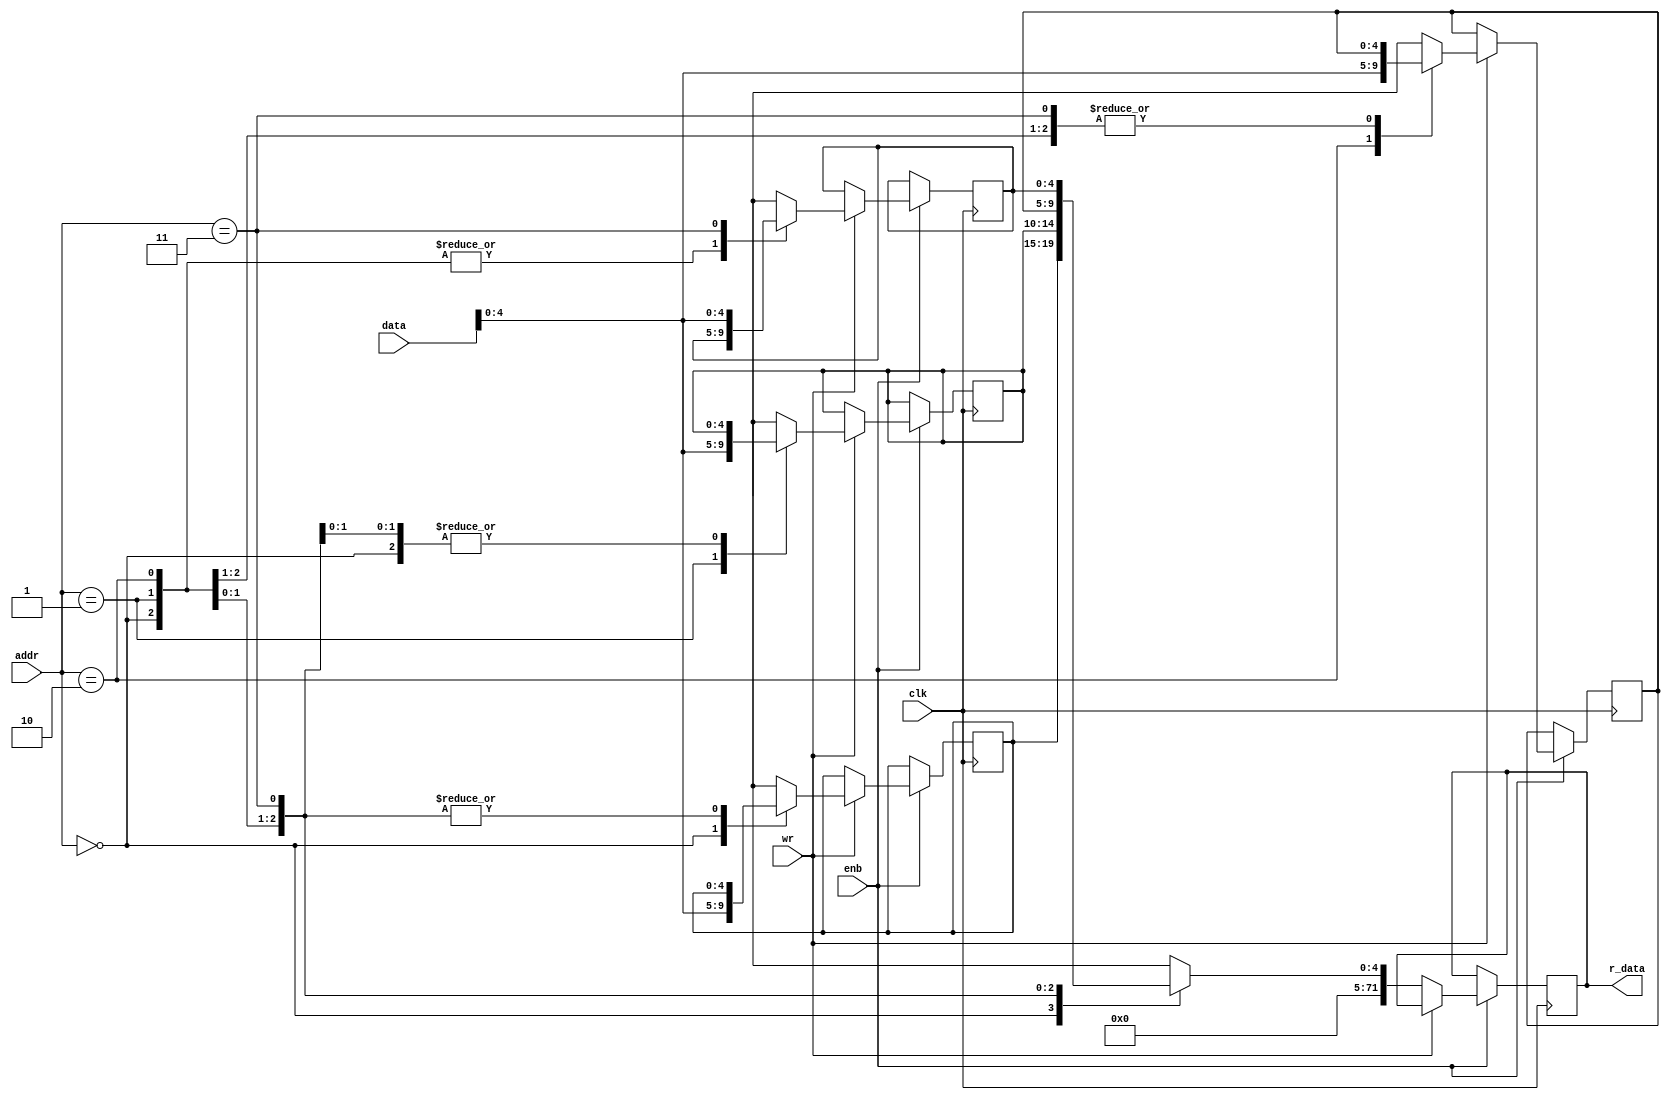
module ram (
    input wire        clk,
    input wire [1:0]  addr,
    input wire [71:0] data,
    input wire        enb,
    input wire        wr,
    output reg [71:0] r_data   
); 
    reg [4:0] mem [71:0];

    always @ (posedge clk) begin
        if (enb) begin
            if (wr) begin
                mem [addr]= data ;
            end
            else begin
                r_data <= mem[addr];
            end
        end
    end 
endmodule